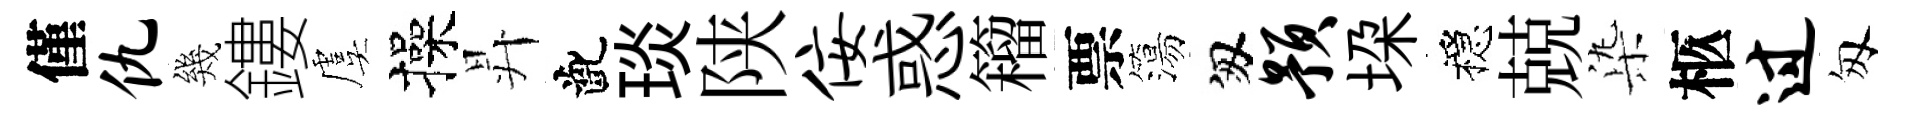
僅仇幾鏤虞操昇齔琰陕佞惑籕票簜匆预垜穩兢𣑱柩过匆